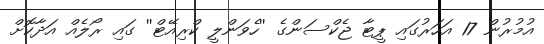
އުމުރުން 17 އަހަރުގައި ޕީޓާ ޖެކްސަންގެ ''ހެވަންލީ ކްރިއޭޓް'' ގައި ރޯލެއް އަދާކޮށް